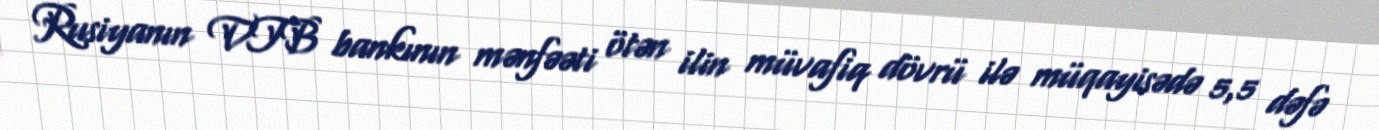
Rusiyanın VTB bankının mənfəəti ötən ilin müvafiq dövrü ilə müqayisədə 5,5 dəfə